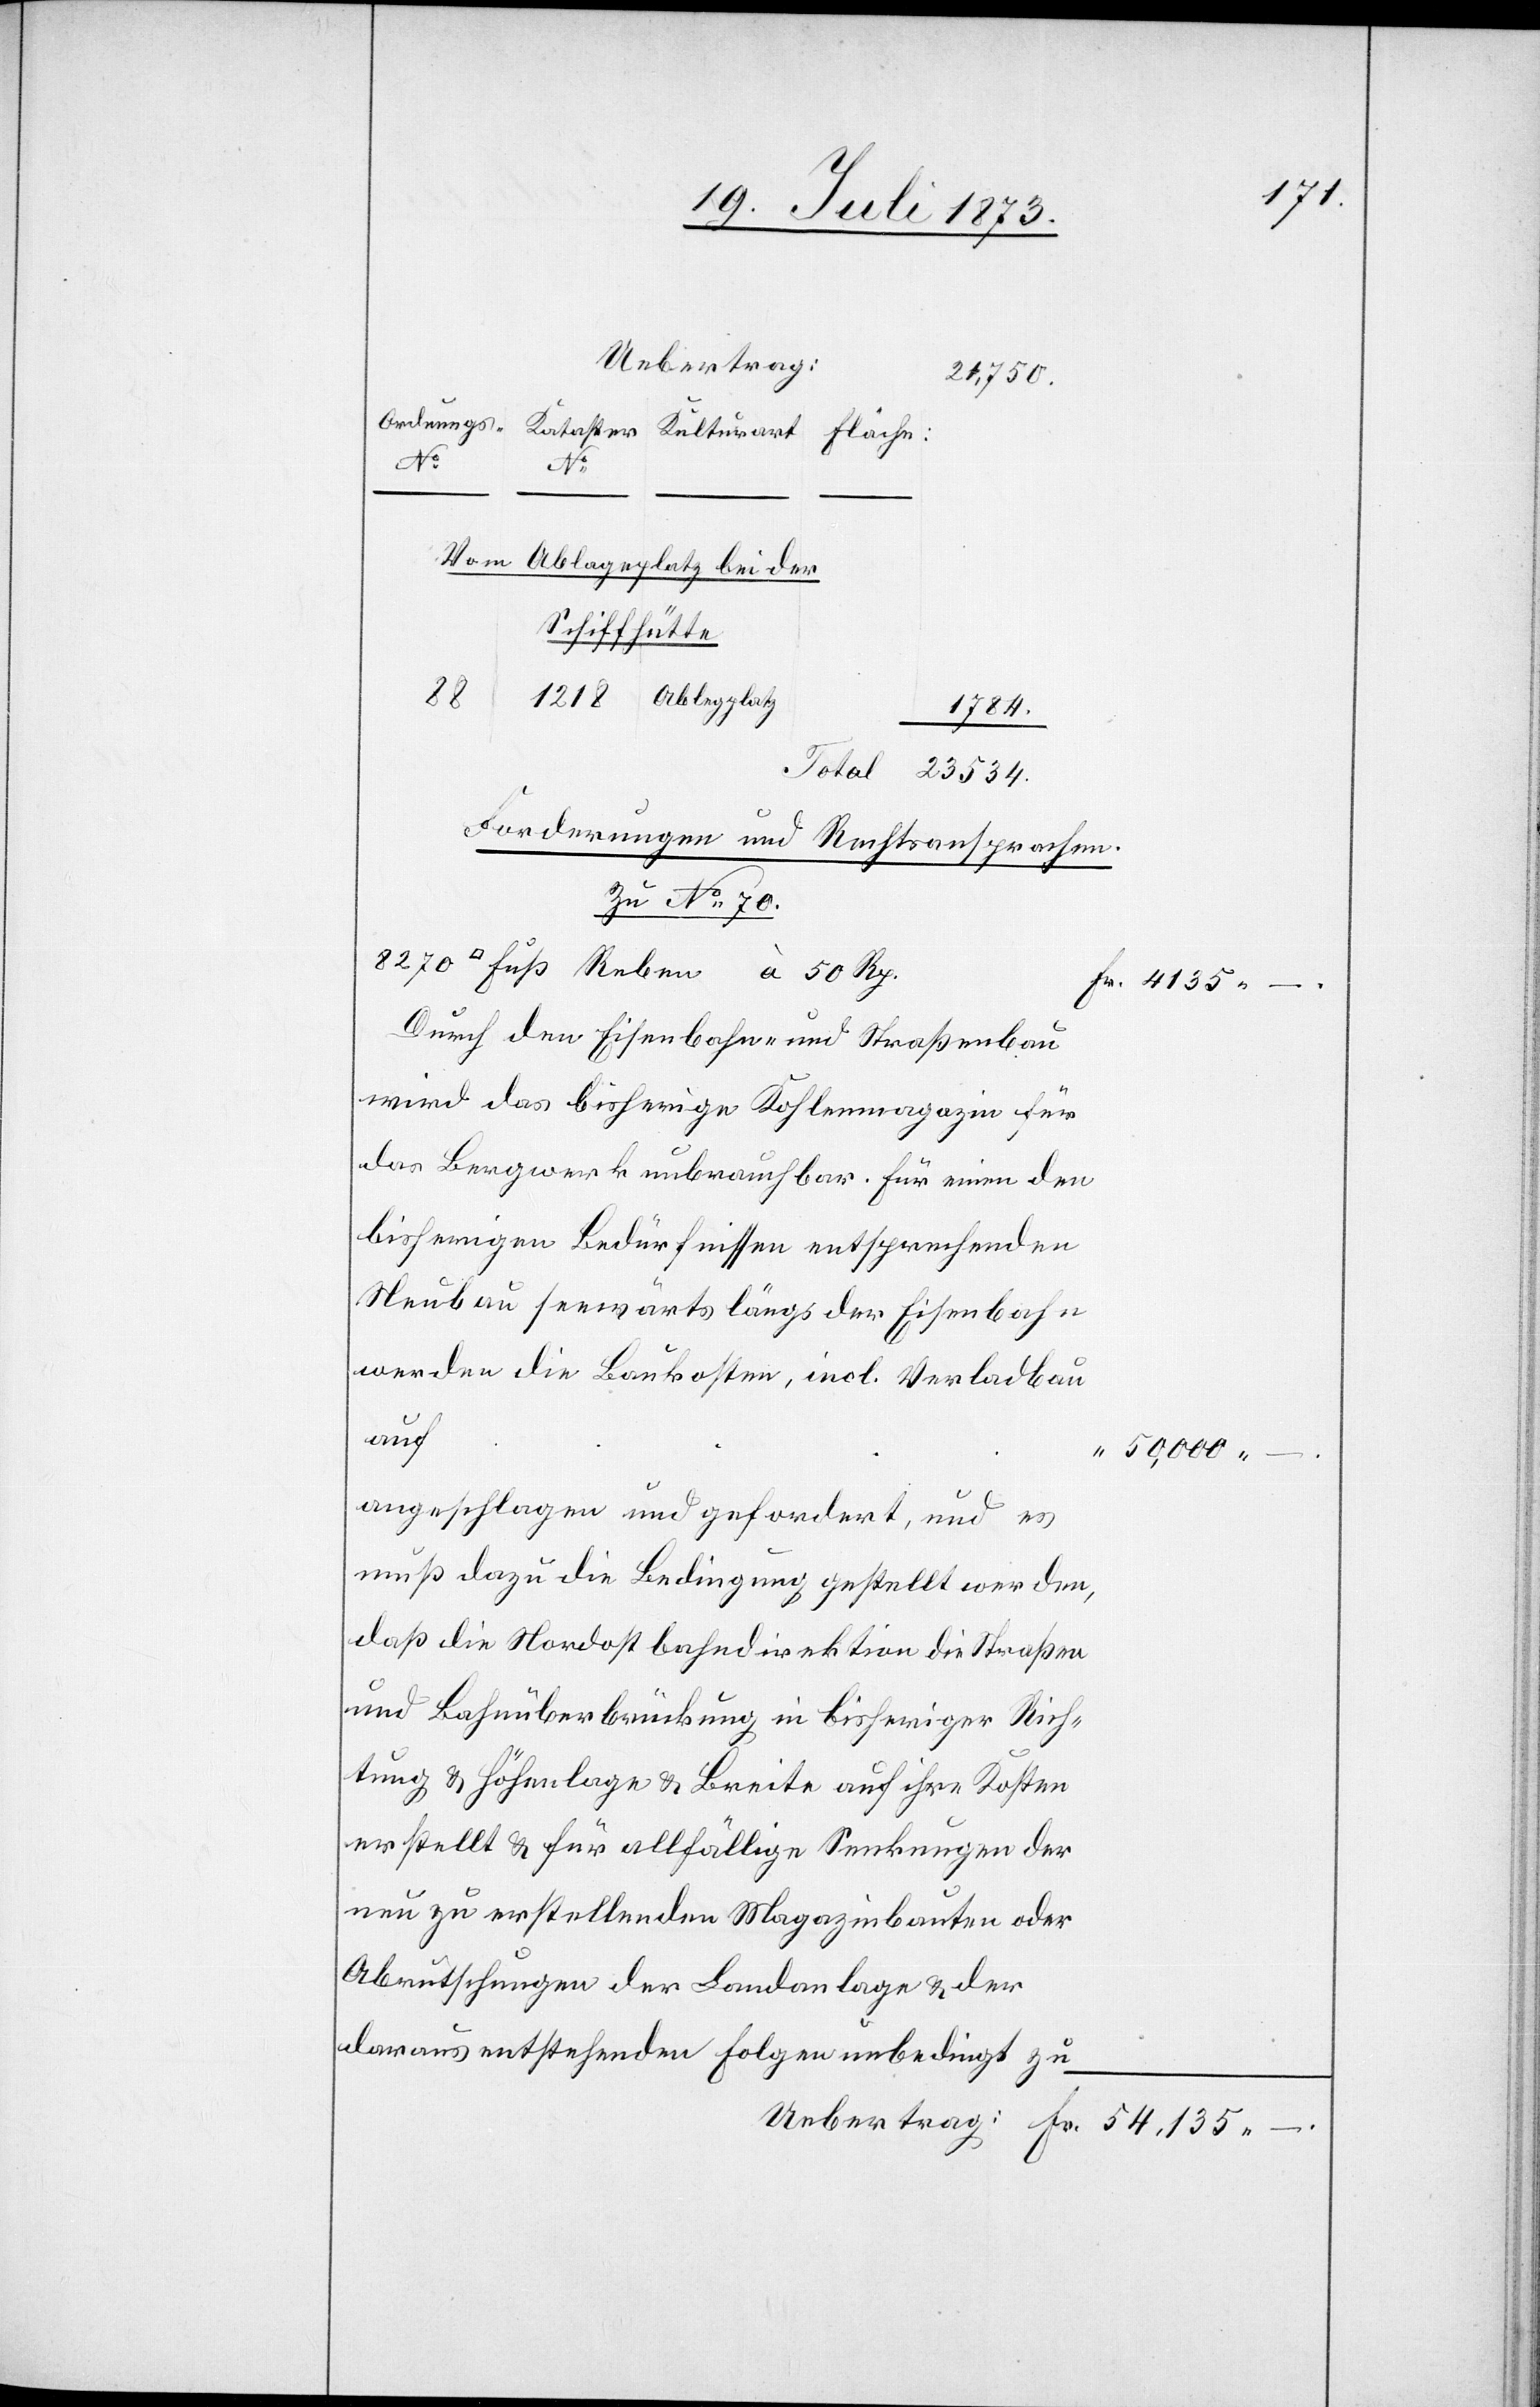
Uebertrag:
8 270
534.
Vom Ablageplatz bei der
Schiffhütte
Rp.
1 784.
Forderungen und Rechtsansprachen.
Zu No 70.
Durch den Eisenbahn- und Straßenbau
wird das bisherige Kohlenmagazin für
das Bergwerk unbrauchbar. Für einen den
bisherigen Bedürfnissen entsprechenden
Neubau seewärts längs der Eisenbahn
werden die Baukosten, incl. Verladbau
auf
“
50,000 –.
angeschlagen und gefordert, und es
muß dazu die Bedingung gestellt werden,
daß die Nordostbahndirektion die Straßen
und Bahnüberbrückung in bisheriger Rich¬
tung & Höhenlage & Breite auf ihre Kosten
erstellt & für allfällige Senkungen der
neu zu erstellenden Magazinbauten oder
Abrutschungen der Landanlage & der
daraus entstehenden Folgen unbedingt zu